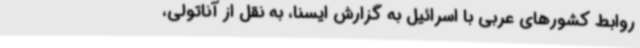
روابط کشورهای عربی با اسرائیل به گزارش ایسنا، به نقل از آناتولی،